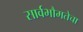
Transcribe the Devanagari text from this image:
सार्वभौमतेचा